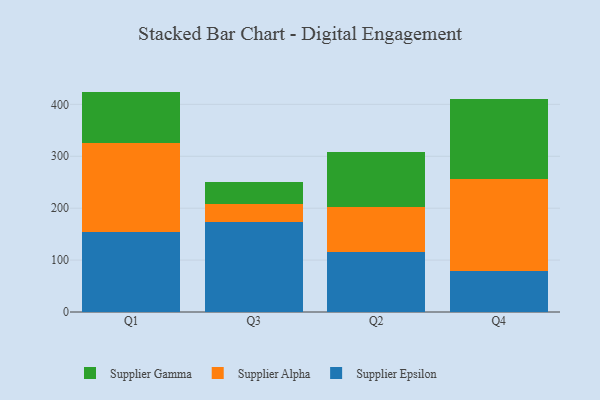
{"axis": {"x": "Quarter", "y": "Latency (ms)"}, "legend": ["Supplier Alpha", "Supplier Epsilon", "Supplier Gamma"], "data": [{"x": "Q1", "y": 153.8, "type": "Supplier Epsilon"}, {"x": "Q1", "y": 172.5, "type": "Supplier Alpha"}, {"x": "Q1", "y": 98.3, "type": "Supplier Gamma"}, {"x": "Q3", "y": 172.9, "type": "Supplier Epsilon"}, {"x": "Q3", "y": 36.1, "type": "Supplier Alpha"}, {"x": "Q3", "y": 42.1, "type": "Supplier Gamma"}, {"x": "Q2", "y": 115.8, "type": "Supplier Epsilon"}, {"x": "Q2", "y": 85.7, "type": "Supplier Alpha"}, {"x": "Q2", "y": 106.7, "type": "Supplier Gamma"}, {"x": "Q4", "y": 78.5, "type": "Supplier Epsilon"}, {"x": "Q4", "y": 176.9, "type": "Supplier Alpha"}, {"x": "Q4", "y": 154.1, "type": "Supplier Gamma"}]}